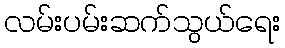
လမ်းပမ်းဆက်သွယ်ရေး